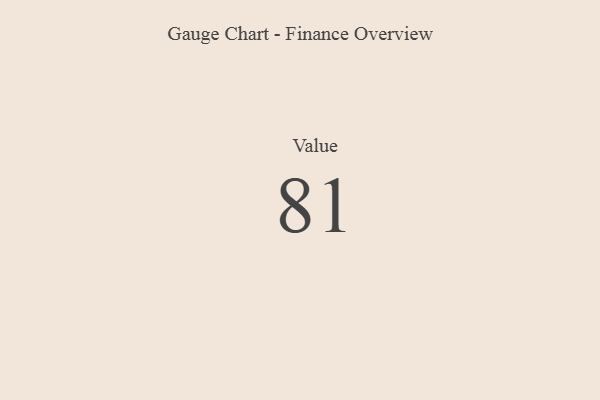
{"axis": {"x": "Metric", "y": "Value"}, "legend": [""], "data": [{"x": "Value", "y": 81, "type": ""}]}